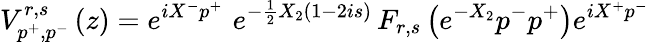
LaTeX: V_{p^{+},p^{-}}^{r,s}\left(z\right)=e^{iX^{-}p^{+}}\, \, e^{-\frac 12X_{2}\left(1-2is\right)}\, F_{r,s}\left(e^{-X_{2}}p^{-}p^{+}\right)e^{iX^{+}p^{-}}